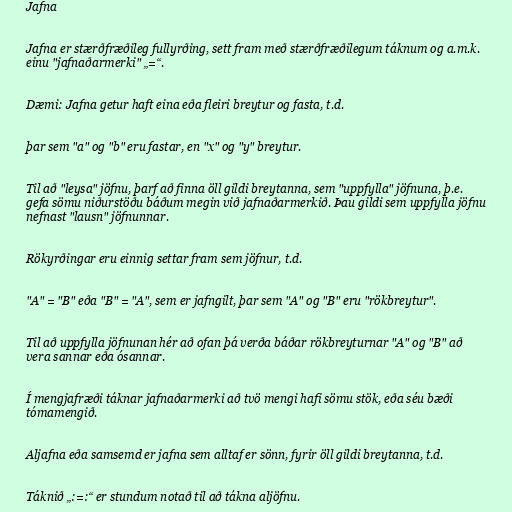
Jafna

Jafna er stærðfræðileg fullyrðing, sett fram með stærðfræðilegum táknum og a.m.k.
einu "jafnaðarmerki" „=“.

Dæmi: Jafna getur haft eina eða fleiri breytur og fasta, t.d.

þar sem "a" og "b" eru fastar, en "x" og "y" breytur.

Til að "leysa" jöfnu, þarf að finna öll gildi breytanna, sem "uppfylla" jöfnuna, þ.e.
gefa sömu niðurstöðu báðum megin við jafnaðarmerkið. Þau gildi sem uppfylla jöfnu
nefnast "lausn" jöfnunnar.

Rökyrðingar eru einnig settar fram sem jöfnur, t.d.

"A" = "B" eða "B" = "A", sem er jafngilt, þar sem "A" og "B" eru "rökbreytur".

Til að uppfylla jöfnunan hér að ofan þá verða báðar rökbreyturnar "A" og "B" að
vera sannar eða ósannar.

Í mengjafræði táknar jafnaðarmerki að tvö mengi hafi sömu stök, eða séu bæði
tómamengið.

Aljafna eða samsemd er jafna sem alltaf er sönn, fyrir öll gildi breytanna, t.d.

Táknið „:=:“ er stundum notað til að tákna aljöfnu.